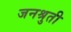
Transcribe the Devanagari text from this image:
जनश्रुती